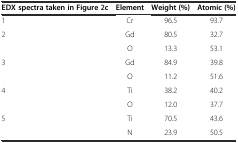
| EDX spectra taken in Figure2c | Element | Weight (%) | Atomic (%) |
 | --- | --- | --- | --- |
 | 1 | Cr | 96.5 | 93.7 |
 | <ROWSPAN=2> 2 | Gd | 80.5 | 32.7 |
 | O | 13.3 | 53.1 |
 | <ROWSPAN=2> 3 | Gd | 84.9 | 39.8 |
 | O | 11.2 | 51.6 |
 | <ROWSPAN=2> 4 | Ti | 38.2 | 40.2 |
 | O | 12.0 | 37.7 |
 | <ROWSPAN=2> 5 | Ti | 70.5 | 43.6 |
 | N | 23.9 | 50.5 |